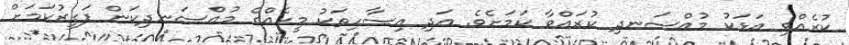
ކުރެއްވި އަޅަކު މުއްސަނދި ކުރައްވާ ކަމަށެވެ. އަދި އިސާހިތަކު މީހެއްގެ މުއްސަނދިކަން ފަގީރުކަމަށް